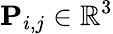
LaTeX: \mathbf{P}_{i,j}\in\mathbb{R}^{3}